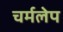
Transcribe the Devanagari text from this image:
चर्मलेप